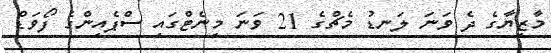
މާޒިޔާގެ ދެ ވަނަ ލަނޑު މެޗްގެ 21 ވަނަ މިނެޓްގައި ސްޕެއިންގެ ފޯވަޑް